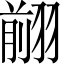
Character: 𦑦